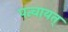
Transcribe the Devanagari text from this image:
पन्चायत्